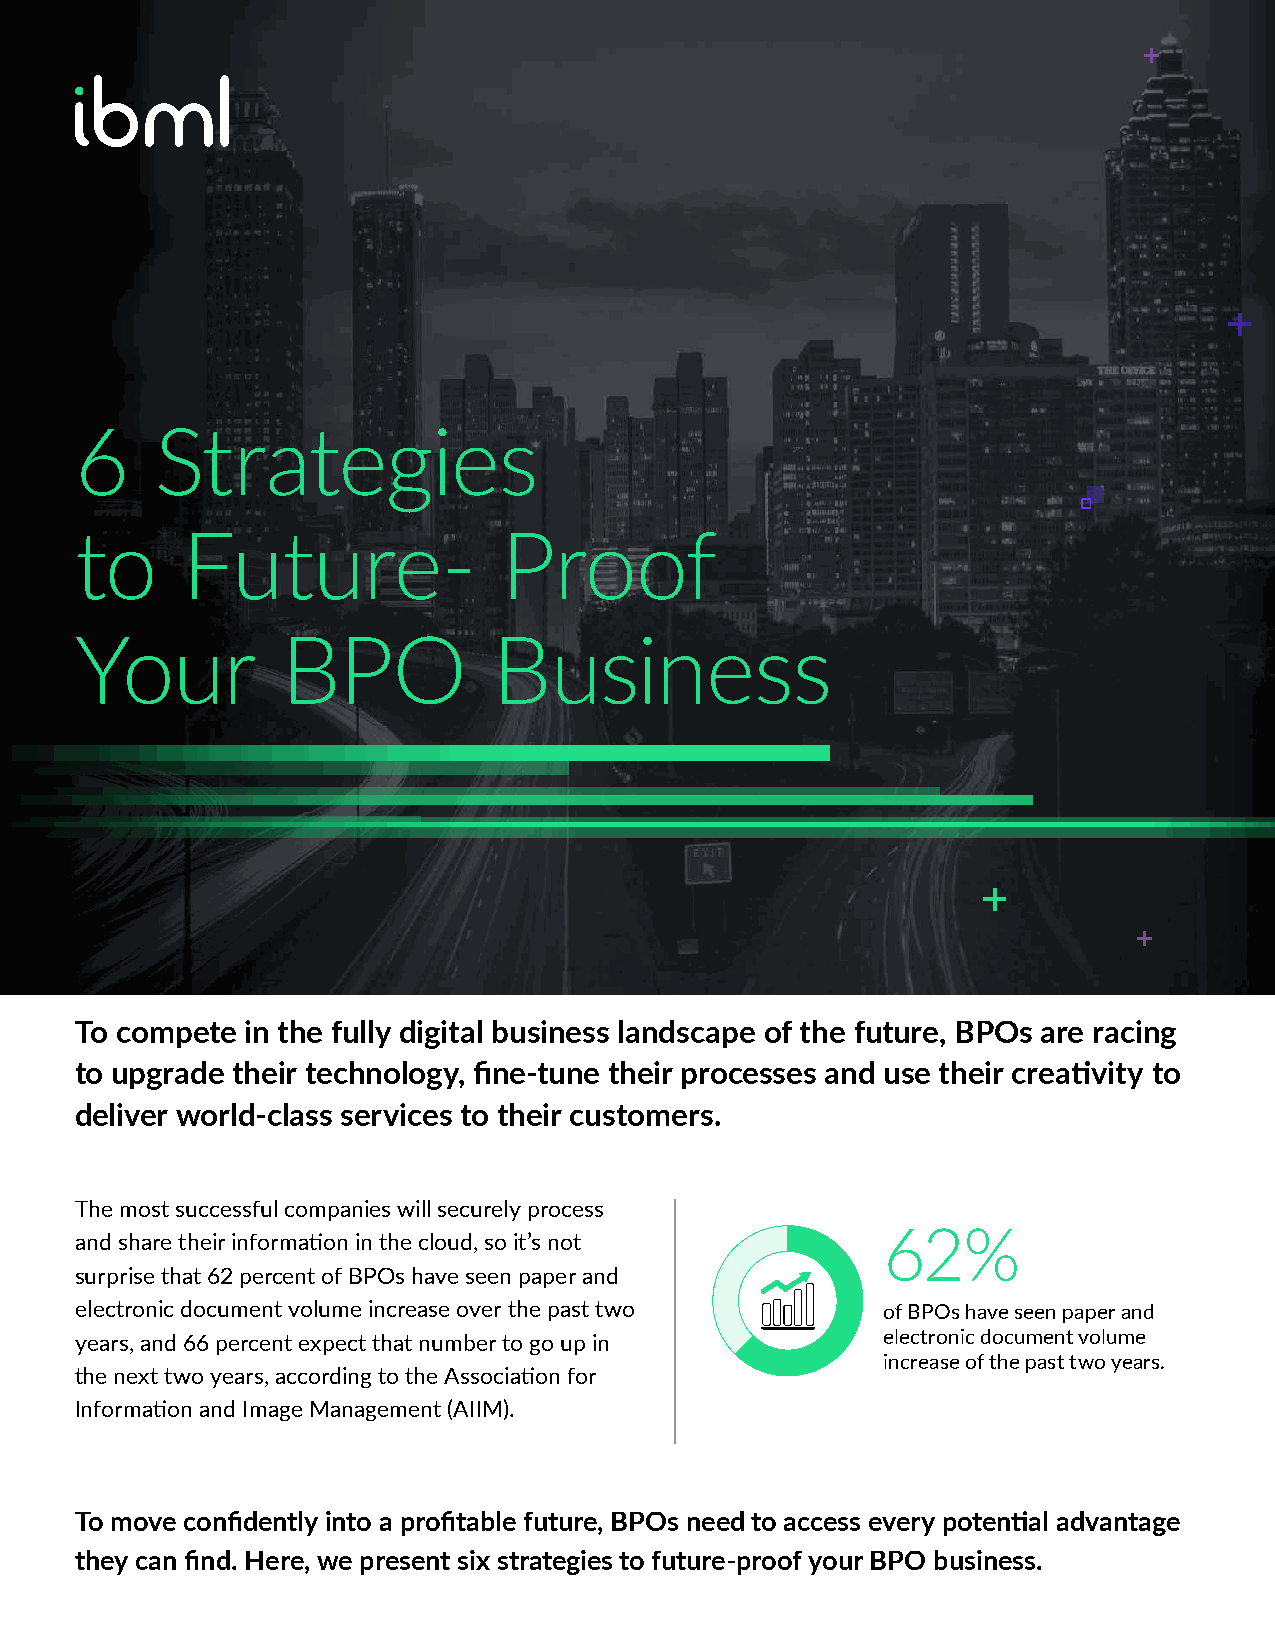
6    Strategies
 to     Future-              Proof
 Your          BPO           Business
 To compete in the fully digital business landscape of the future, BPOs are racing
 to upgrade their technology, fine-tune their processes and use their creativity to
 deliver world-class services to their customers.
 The most successful companies will securely process
 62%
 and share their information in the cloud, so it’s not
 surprise that 62 percent of BPOs have seen paper and
 electronic document volume increase over the past two of BPOs have seen paper and
 years, and 66 percent expect that number to go up in electronic document volume
 increase of the past two years.
 the next two years, according to the Association for
 Information and Image Management (AIIM).
 To move confidently into a profitable future, BPOs need to access every potential advantage
 they can find. Here, we present six strategies to future-proof your BPO business.